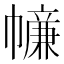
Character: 𢅖